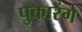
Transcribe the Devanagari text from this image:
पुकारेंगे